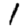
Digit: 1